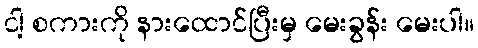
ငါ့ စကားကို နားထောင်ပြီးမှ မေးခွန်း မေးပါ။